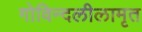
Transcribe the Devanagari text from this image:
गोविन्दलीलामृत